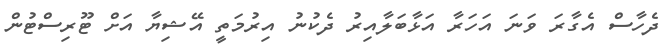
ދެހާސް އެގާރަ ވަނަ އަހަރާ އަޅާބަލާއިރު ދެކުނު އިރުމަތީ އޭޝިޔާ އަށް ޓޫރިސްޓުން